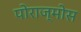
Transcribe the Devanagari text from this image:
पोराज्मोस